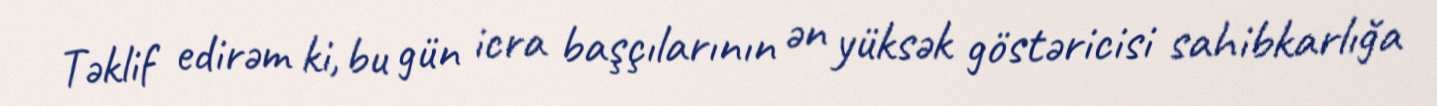
Təklif edirəm ki, bu gün icra başçılarının ən yüksək göstəricisi sahibkarlığa